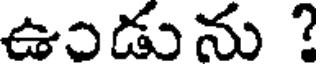
ఉండును ?